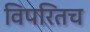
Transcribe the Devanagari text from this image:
विपरितच